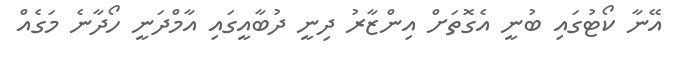
އޭނާ ކޯޓުގައި ބުނީ އެގޮތަށް އިންޒާރު ދިނީ ދުބާއީގައި އާމްދަނީ ހޯދާނެ މަގެއް